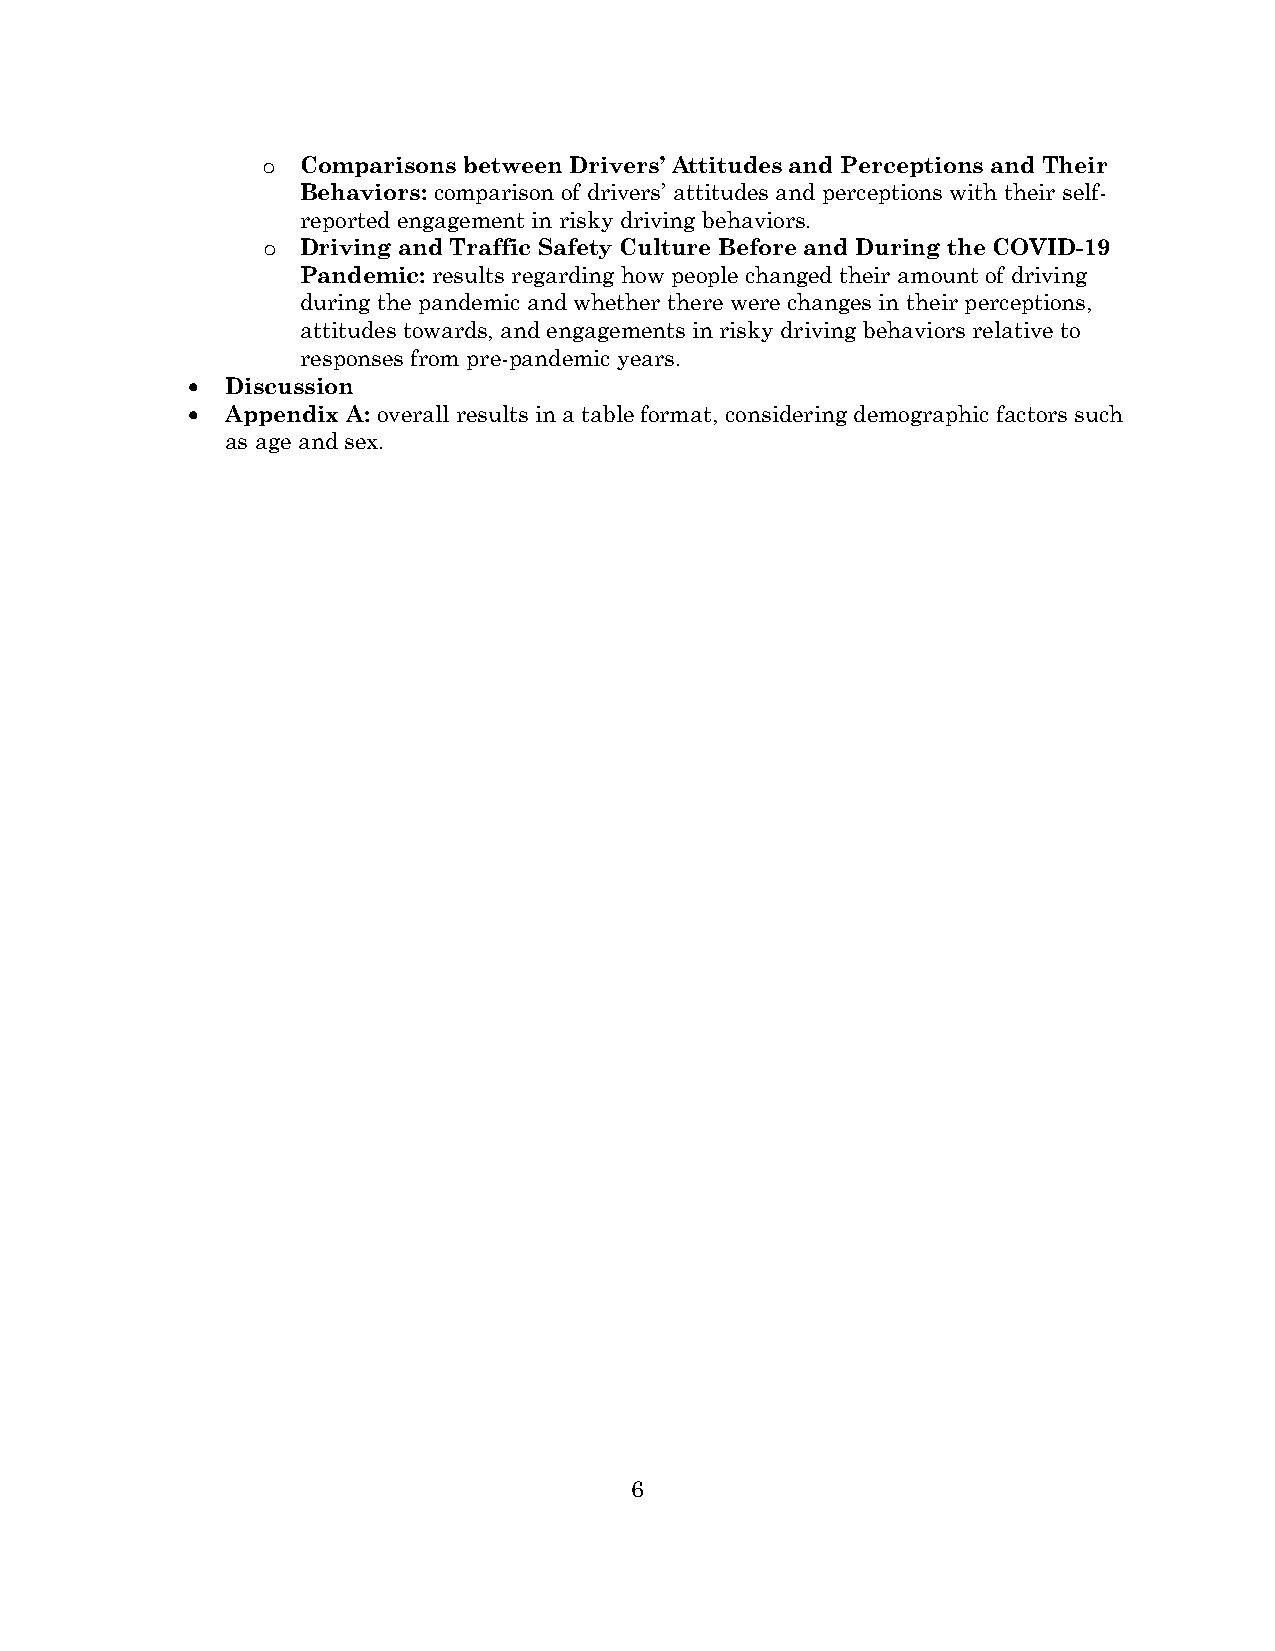
Comparisons between Drivers’ Attitudes and Perceptions and Their
 o
 Behaviors: comparison of drivers’ attitudes and perceptions with their self-
 reported engagement in risky driving behaviors.
 Driving and Traffic Safety Culture Before and During the COVID-19
 o
 Pandemic: results regarding how people changed their amount of driving
 during the pandemic and whether there were changes in their perceptions,
 attitudes towards, and engagements in risky driving behaviors relative to
 responses from pre-pandemic years.
 •  Discussion
 •  Appendix A: overall results in a table format, considering demographic factors such
 as age and sex.
 6